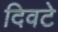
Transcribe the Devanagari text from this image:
दिवटे